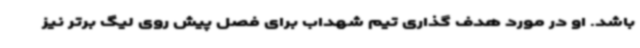
باشد. او در مورد هدف گذاری تیم شهداب برای فصل پیش روی لیگ برتر نیز